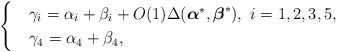
LaTeX: \begin{align*}\begin{cases}&\gamma_i=\alpha_i+\beta_i+O(1)\Delta(\boldsymbol{\alpha}^{*},\boldsymbol{\beta}^{*}),\,\,i=1,2,3,5,\\&\gamma_4=\alpha_4+\beta_4,\end{cases}\end{align*}